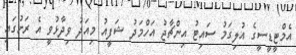
އެމްޓީޑީސީގެ އުލިގަމު ސައިޓު އިންޗާޖު އަހްމަދު ޝަފީއު މިއަދު ވިދާޅުވީ އެ ރަށުގައި